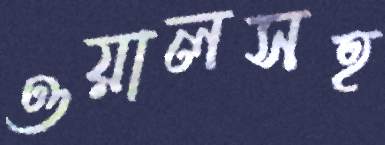
ওয়ালসহ